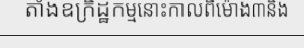
តាំងឧក្រិដ្ឋកម្មនោះកាលពីម៉ោង៣និង